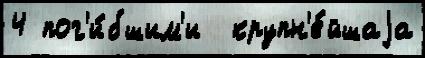
4 пог'и́бшим'и  крупн'е́йшаjа